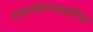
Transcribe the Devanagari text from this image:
इम्यूनोहेमोलाईटिक